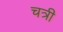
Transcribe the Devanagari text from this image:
चत्री